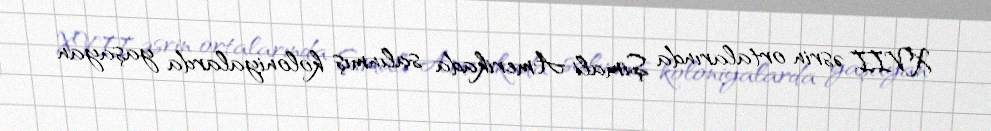
XVII əsrin ortalarında Şimali Amerikada salınmış koloniyalarda yaşayan